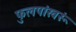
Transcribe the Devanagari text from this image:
फुलपांखरूं